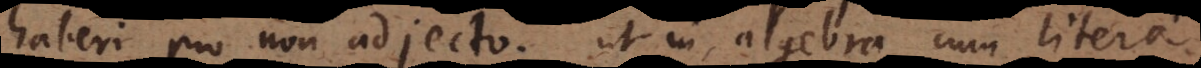
haberi pro non adjecto, ut in algebra cum litera